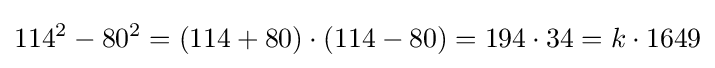
114^{2}-80^{2}=(114+80)\cdot (114-80)=194\cdot 34=k\cdot 1649